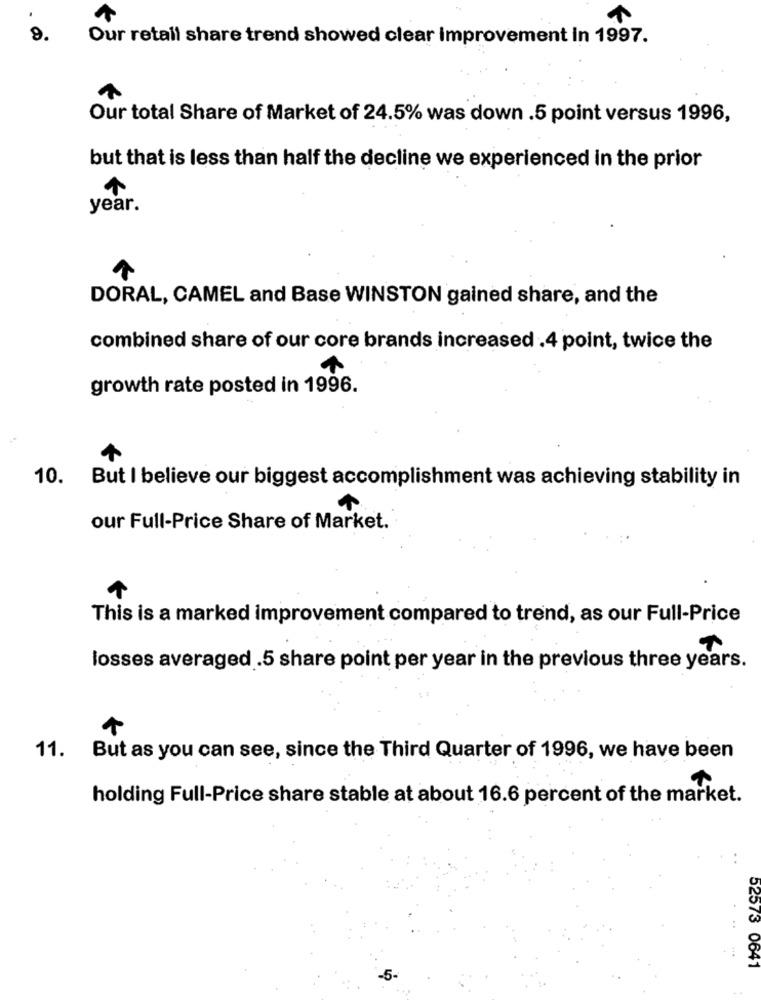
9.
Our retail share trend showed clear improvement in 1997.
Our total Share of Market of 24.5% was down .5 point versus 1996,
but that is less than half the decline we experienced in the prior
year.
DORAL, CAMEL and Base WINSTON gained share, and the
combined share of our core brands increased .4 point, twice the
growth rate posted in 1996.
10. But I believe our biggest accomplishment was achieving stability in
our Full-Price Share of Market.
This is a marked improvement compared to trend, as our Full-Price
losses averaged .5 share point per year in the previous three years.
11.
But as you can see, since the Third Quarter of 1996, we have been
holding Full-Price share stable at about 16.6 percent of the market.
52573 0641